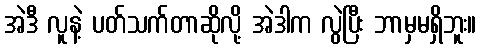
အဲဒီ လူနဲ့ ပတ်သက်တာဆိုလို့ အဲဒါက လွဲပြီး ဘာမှမရှိဘူး။